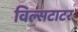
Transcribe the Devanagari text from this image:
विल्सटाटर